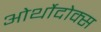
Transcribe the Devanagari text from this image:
ओर्थोदोक्स